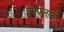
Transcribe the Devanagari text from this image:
हरपलानी